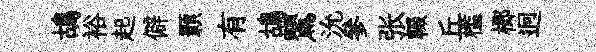
鴣裕起僻顥有鴣鸎沇參张輟丘槛榔迥